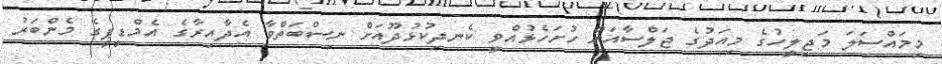
މިމައްސަލަ މަޖިލީހުގެ މިއަދުގެ ޖަލްސާއަށް ހުށަހެޅުއްވީ ކެނދިކުޅުދޫއަށް ނިސްބަތްވާ އެދާއިރާގެ އެމްޑީޕީގެ މެންބަރު